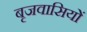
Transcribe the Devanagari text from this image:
बृजवासियों